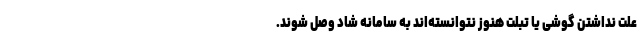
علت نداشتن گوشی یا تبلت هنوز نتوانسته‌اند به سامانه شاد وصل شوند.